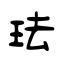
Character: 珐